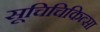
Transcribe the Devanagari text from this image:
सूचिचिकित्सा